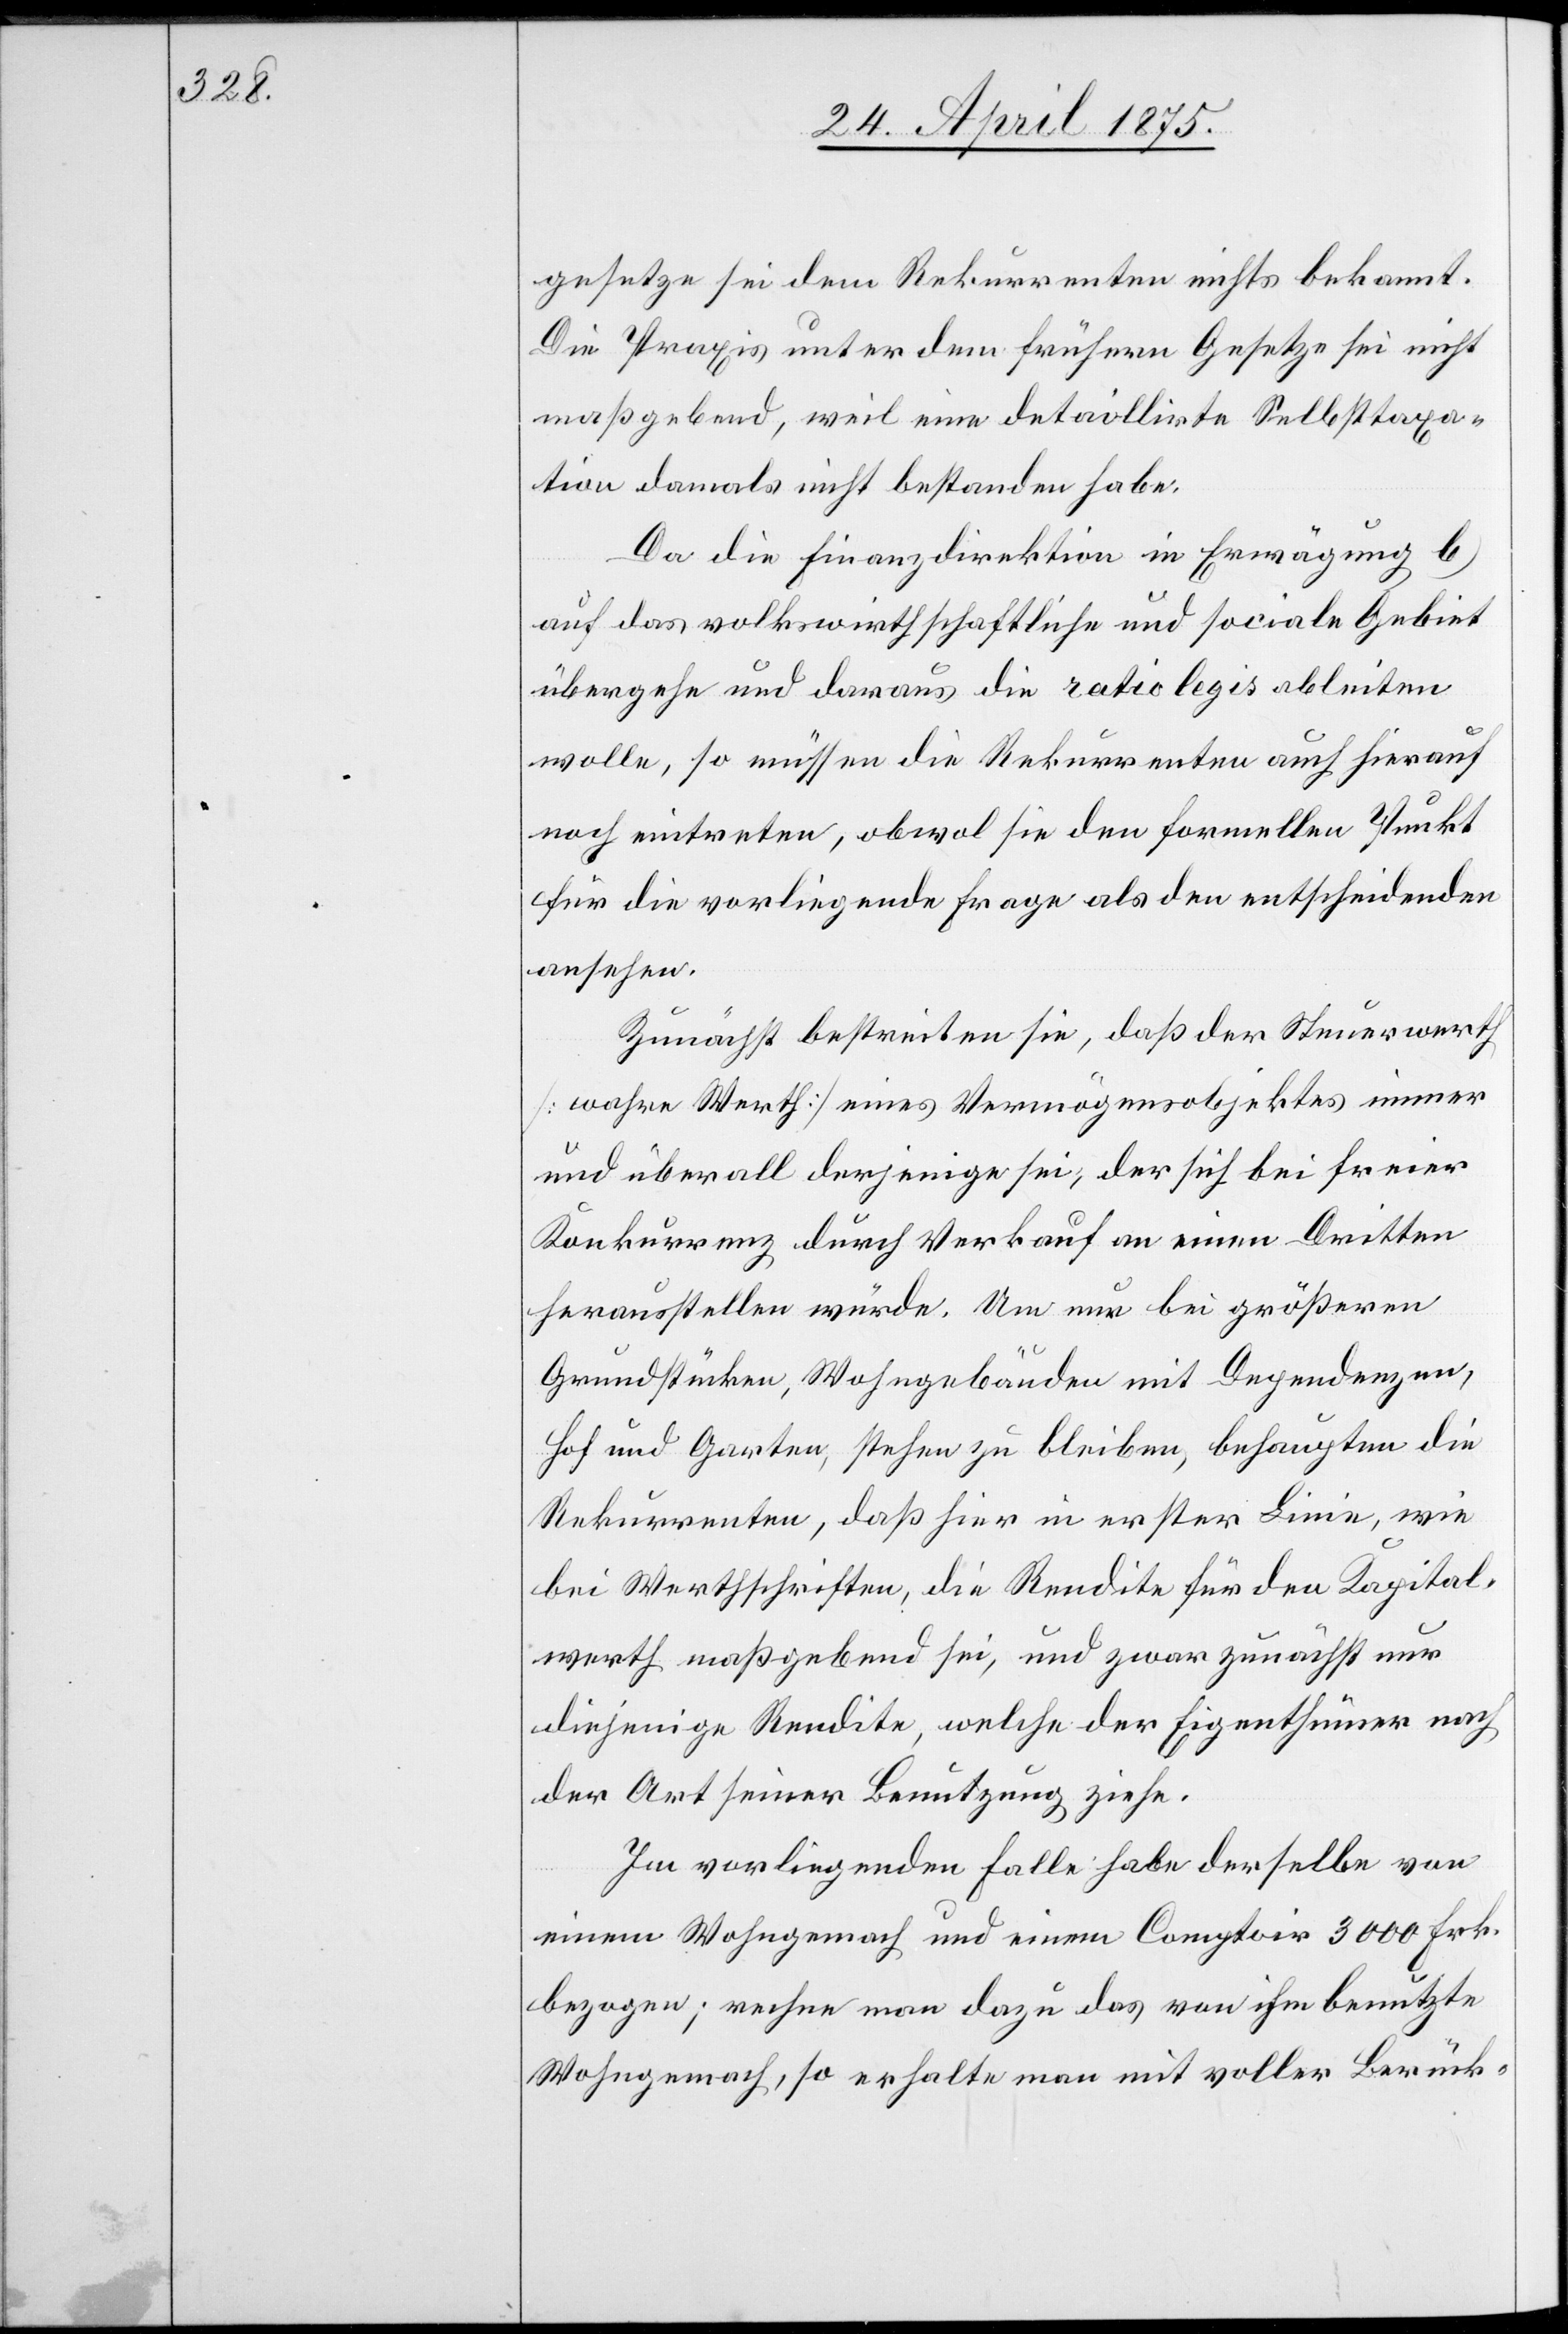
gesetze sei dem Rekurrenten nichts bekannt.
Die Praxis unter dem frühern Gesetze sei nicht
maßgebend, weil eine detaillirte Selbsttaxa¬
tion damals nicht bestanden habe.
Da die Finanzdirektion in Erwägung b
auf das volkswirthschaftliche und sociale Gebiet
übergehe und daraus die ratio legis ableiten
wolle, so müssen die Rekurrenten auch hierauf
noch die vorliegende Frage als den entscheidenden
ansehen.
Zunächst bestreiten sie, daß der Steuerwerth
[wahre Werth] eines Vermögensobjektes immer
und überall derjenige sei, der sich bei freier
Konkurrenz durch Verkauf an einen Dritten
herausstellen würde. Um nun bei größeren
Grundstücken, Wohngebäuden mit Dependenzen,
Hof und Garten, stehen zu bleiben, behaupten die
Rekurrenten, daß hier in erster Linie, wie
bei Werthschriften, die Rendite für den Kapital¬
werth maßgebend sei, und zwar zunächst nur
diejenige Rendite, welche der Eigenthümer nach
der Art seiner Benutzung ziehe.
im vorliegenden Falle habe derselbe von
einem Wohngemach und einem Comptoir 3000 Frk.
bezogen; rechne man dazu das von ihm benutzte
Wohngemach, so erhalte man mit voller Berück-